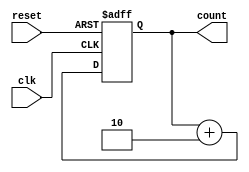
`timescale 1ns / 1ps
//////////////////////////////////////////////////////////////////////////////////
// Company: 
// Engineer: 
// 
// Design Name: 
// Module Name: Odd_Counter
// Project Name: 
// Target Devices: 
// Tool Versions: 
// Description: 
// 
// Dependencies: 
// 
// Revision:
// Revision 0.01 - File Created
// Additional Comments:
// 
//////////////////////////////////////////////////////////////////////////////////


module Odd_Counter(
input clk,
input reset,
output reg[7:0]count
    );
    
    reg [7:0]next_count;
    always @(posedge clk or posedge reset)
    begin
     if(reset == 1'b1)
       begin
       count <= 8'h1;
       end
     else
       begin
       count <= count +8'h2;
      // count <= next_count;
       end
    end
endmodule